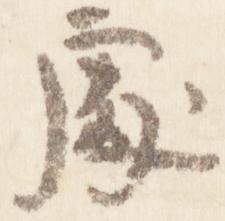
処